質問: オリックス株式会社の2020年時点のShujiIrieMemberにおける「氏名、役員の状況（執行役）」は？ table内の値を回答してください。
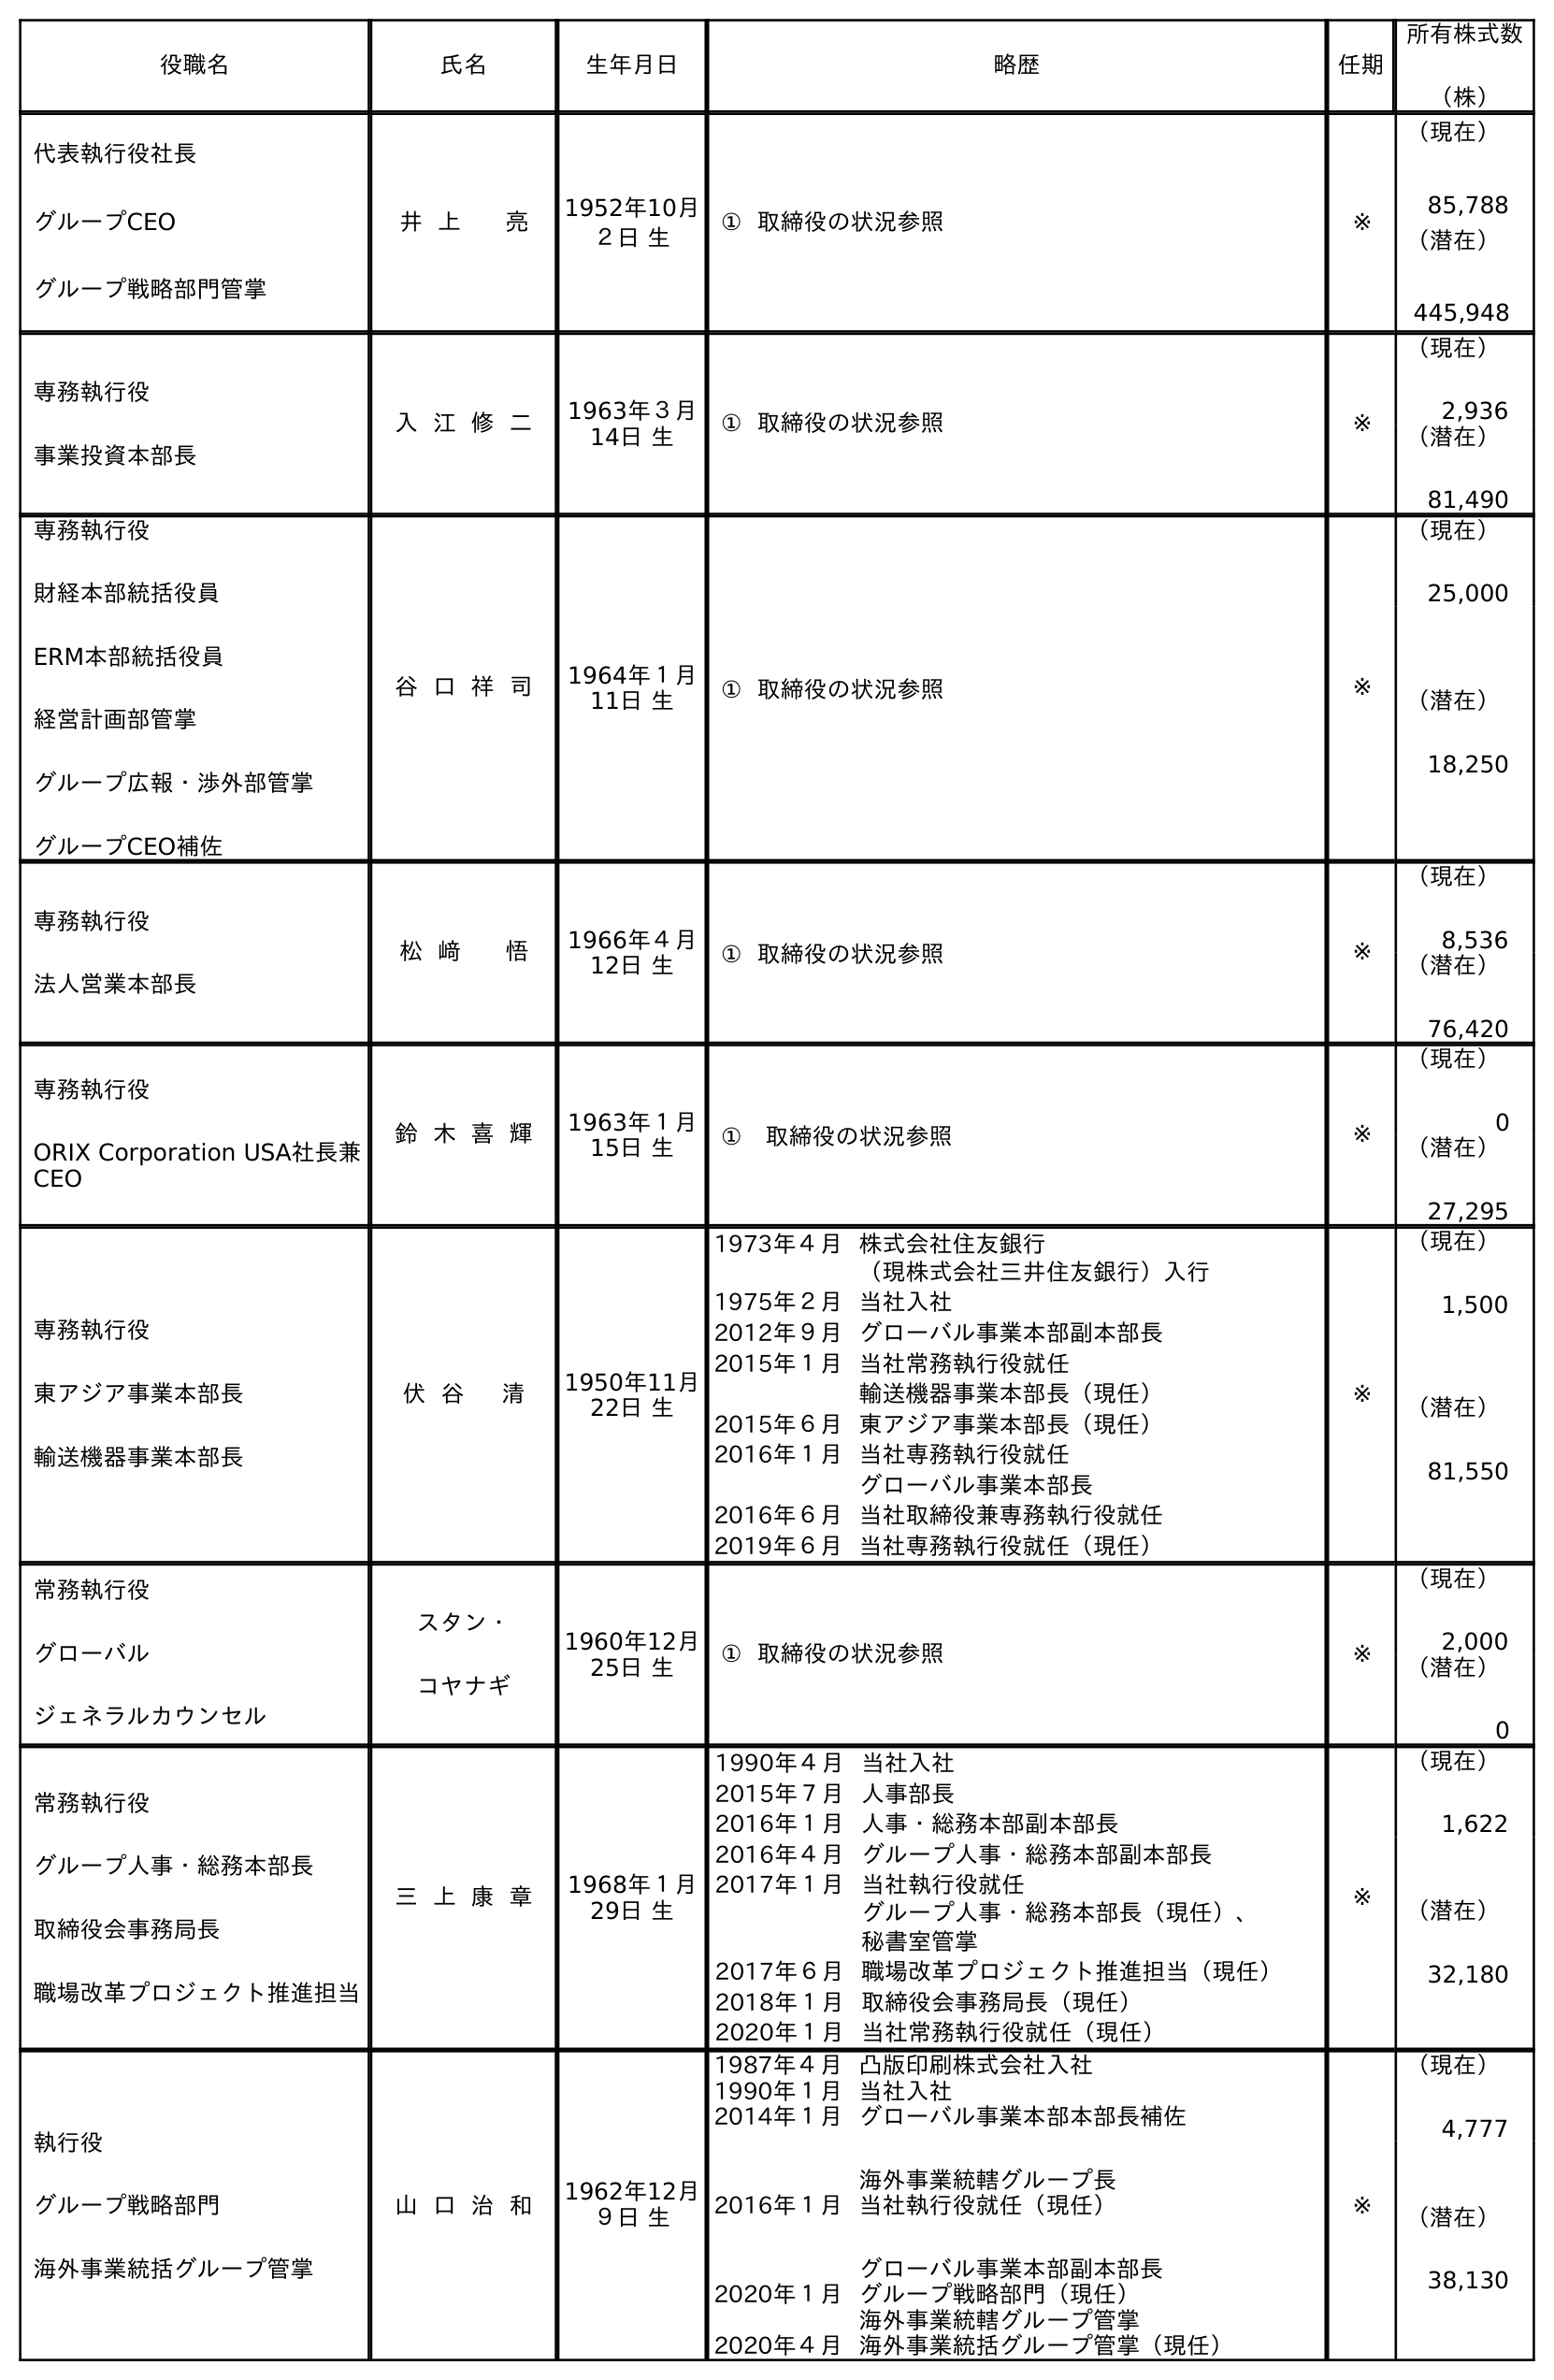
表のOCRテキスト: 役職名 氏名 生年月日 略歴 任期 所有株式数 （株） 代表執行役社長 グループCEO グループ戦略部門管掌 井 上 亮 1952年10月 ２日 生 ① 取締役の状況参照 ※ （現在） 85,788 （潜在） 445,948 専務執行役 事業投資本部長 入 江 修 二 1963年３月 14日 生 ① 取締役の状況参照 ※ （現在） 2,936 （潜在） 81,490 専務執行役 財経本部統括役員 ERM本部統括役員 経営計画部管掌 グループ広報・渉外部管掌 グループCEO補佐 谷 口 祥 司 1964年１月 11日 生 ① 取締役の状況参照 ※ （現在） 25,000 （潜在） 18,250 専務執行役 法人営業本部長 松 﨑 悟 1966年４月 12日 生 ① 取締役の状況参照 ※ （現在） 8,536 （潜在） 76,420 専務執行役 ORIX Corporation USA社長兼 CEO 鈴 木 喜 輝 1963年１月 15日 生 ① 取締役の状況参照 ※ （現在） 0 （潜在） 27,295 専務執行役 東アジア事業本部長 輸送機器事業本部長 伏 谷 清 1950年11月 22日 生 1973年４月株式会社住友銀行 （現株式会社三井住友銀行）入行 1975年２月当社入社 2012年９月グローバル事業本部副本部長 2015年１月当社常務執行役就任 輸送機器事業本部長（現任） 2015年６月東アジア事業本部長（現任） 2016年１月当社専務執行役就任 グローバル事業本部長 2016年６月当社取締役兼専務執行役就任 2019年６月当社専務執行役就任（現任） ※ （現在） 1,500 （潜在） 81,550 常務執行役 グローバル ジェネラルカウンセル スタン・ コヤナギ 1960年12月 25日 生 ① 取締役の状況参照 ※ （現在） 2,000 （潜在） 0 常務執行役 グループ人事・総務本部長 取締役会事務局長 職場改革プロジェクト推進担当 三 上 康 章 1968年１月 29日 生 1990年４月当社入社 2015年７月人事部長 2016年１月人事・総務本部副本部長 2016年４月グループ人事・総務本部副本部長 2017年１月当社執行役就任 グループ人事・総務本部長（現任）、 秘書室管掌 2017年６月職場改革プロジェクト推進担当（現任） 2018年１月取締役会事務局長（現任） 2020年１月当社常務執行役就任（現任） ※ （現在） 1,622 （潜在） 32,180 執行役 グループ戦略部門 海外事業統括グループ管掌 山 口 治 和 1962年12月 ９日 生 1987年４月凸版印刷株式会社入社 1990年１月当社入社 2014年１月グローバル事業本部本部長補佐 海外事業統轄グループ長 2016年１月当社執行役就任（現任） グローバル事業本部副本部長 2020年１月グループ戦略部門（現任） 海外事業統轄グループ管掌 2020年４月海外事業統括グループ管掌（現任） ※ （現在） 4,777 （潜在） 38,130
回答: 入江修二